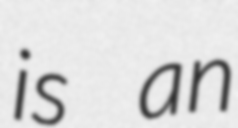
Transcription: is an